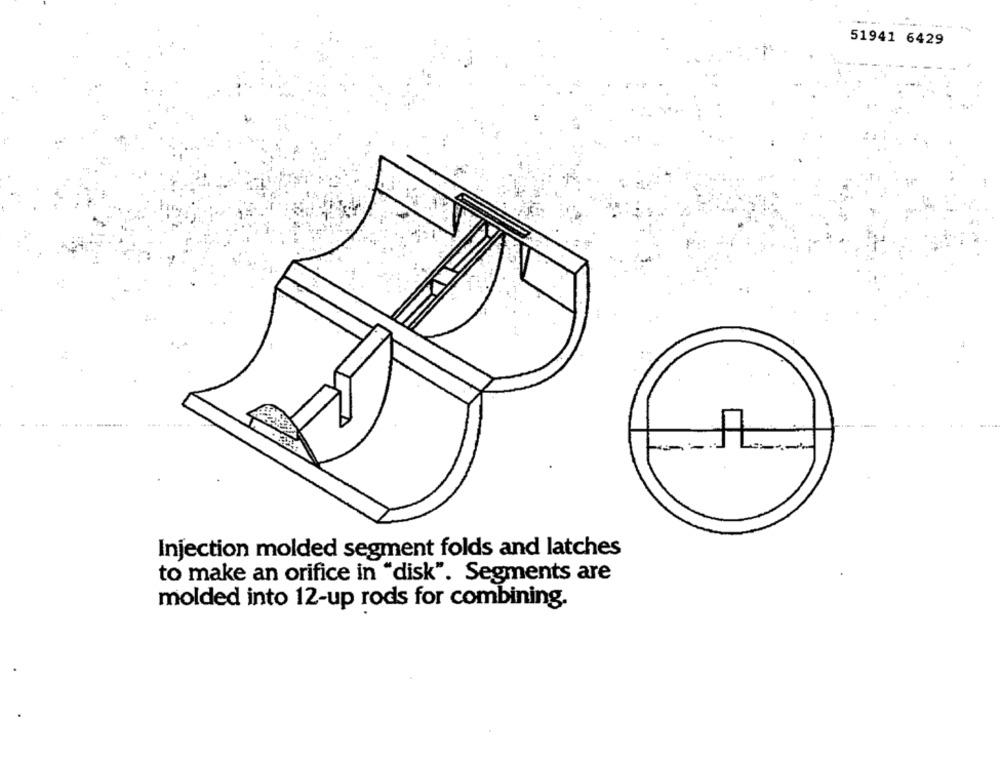
51941 6429
-
Injection molded segment folds and latches
to make an orifice in "disk". Segments are
molded into 12-up rods for combining.